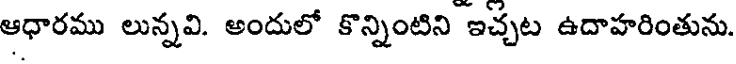
ఆధారము లున్నవి. అందులో కొన్నింటిని ఇచ్చట ఉదాహరింతును.